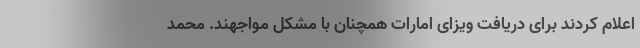
اعلام کردند برای دریافت ویزای امارات همچنان با مشکل مواجهند. محمد